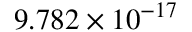
9 . 7 8 2 \times 1 0 ^ { - 1 7 }